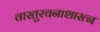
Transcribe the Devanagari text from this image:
वास्तुरचनाशास्त्न